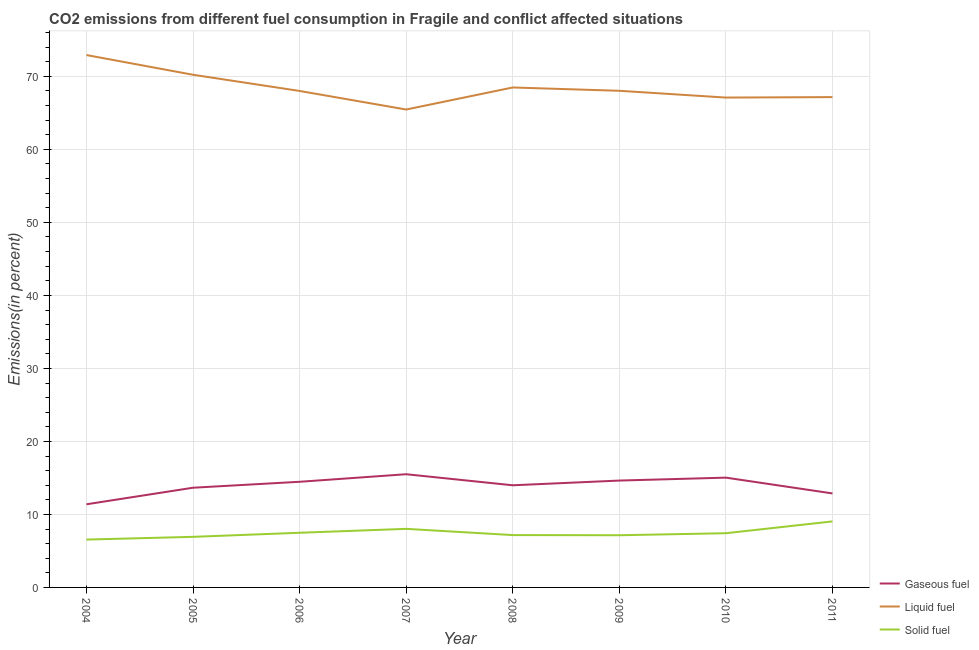
| Year | Gaseous fuel | Liquid fuel | Solid fuel |
 | --- | --- | --- | --- |
 | 2004 | 11.4 | 72.9 | 6.55 |
 | 2005 | 13.7 | 70.2 | 6.93 |
 | 2006 | 14.5 | 68 | 7.49 |
 | 2007 | 15.5 | 65.5 | 8.02 |
 | 2008 | 14 | 68.5 | 7.17 |
 | 2009 | 14.6 | 68 | 7.15 |
 | 2010 | 15 | 67.1 | 7.43 |
 | 2011 | 12.9 | 67.2 | 9.04 |